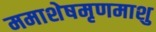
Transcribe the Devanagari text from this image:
ममाशेषमृणमाशु